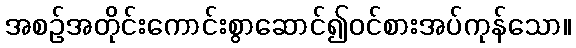
အစဉ်အတိုင်းကောင်းစွာဆောင်၍ဝင်စားအပ်ကုန်သော။